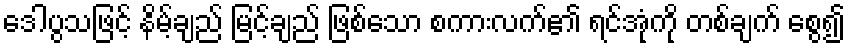
ဒေါပွသဖြင့် နိမ့်ချည် မြင့်ချည် ဖြစ်သော စကားလက်၏ ရင်အုံကို တစ်ချက် စွေ၍